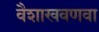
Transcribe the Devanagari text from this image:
वैशाखवणवा